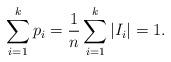
LaTeX: \begin{align*}\sum_{i=1}^k p_i = \frac{1}{n} \sum_{i=1}^k |I_i| = 1.\end{align*}